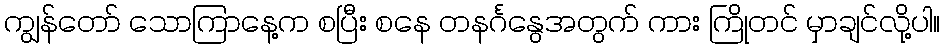
ကျွန်တော် သောကြာနေ့က စပြီး စနေ တနင်္ဂနွေအတွက် ကား ကြိုတင် မှာချင်လို့ပါ။